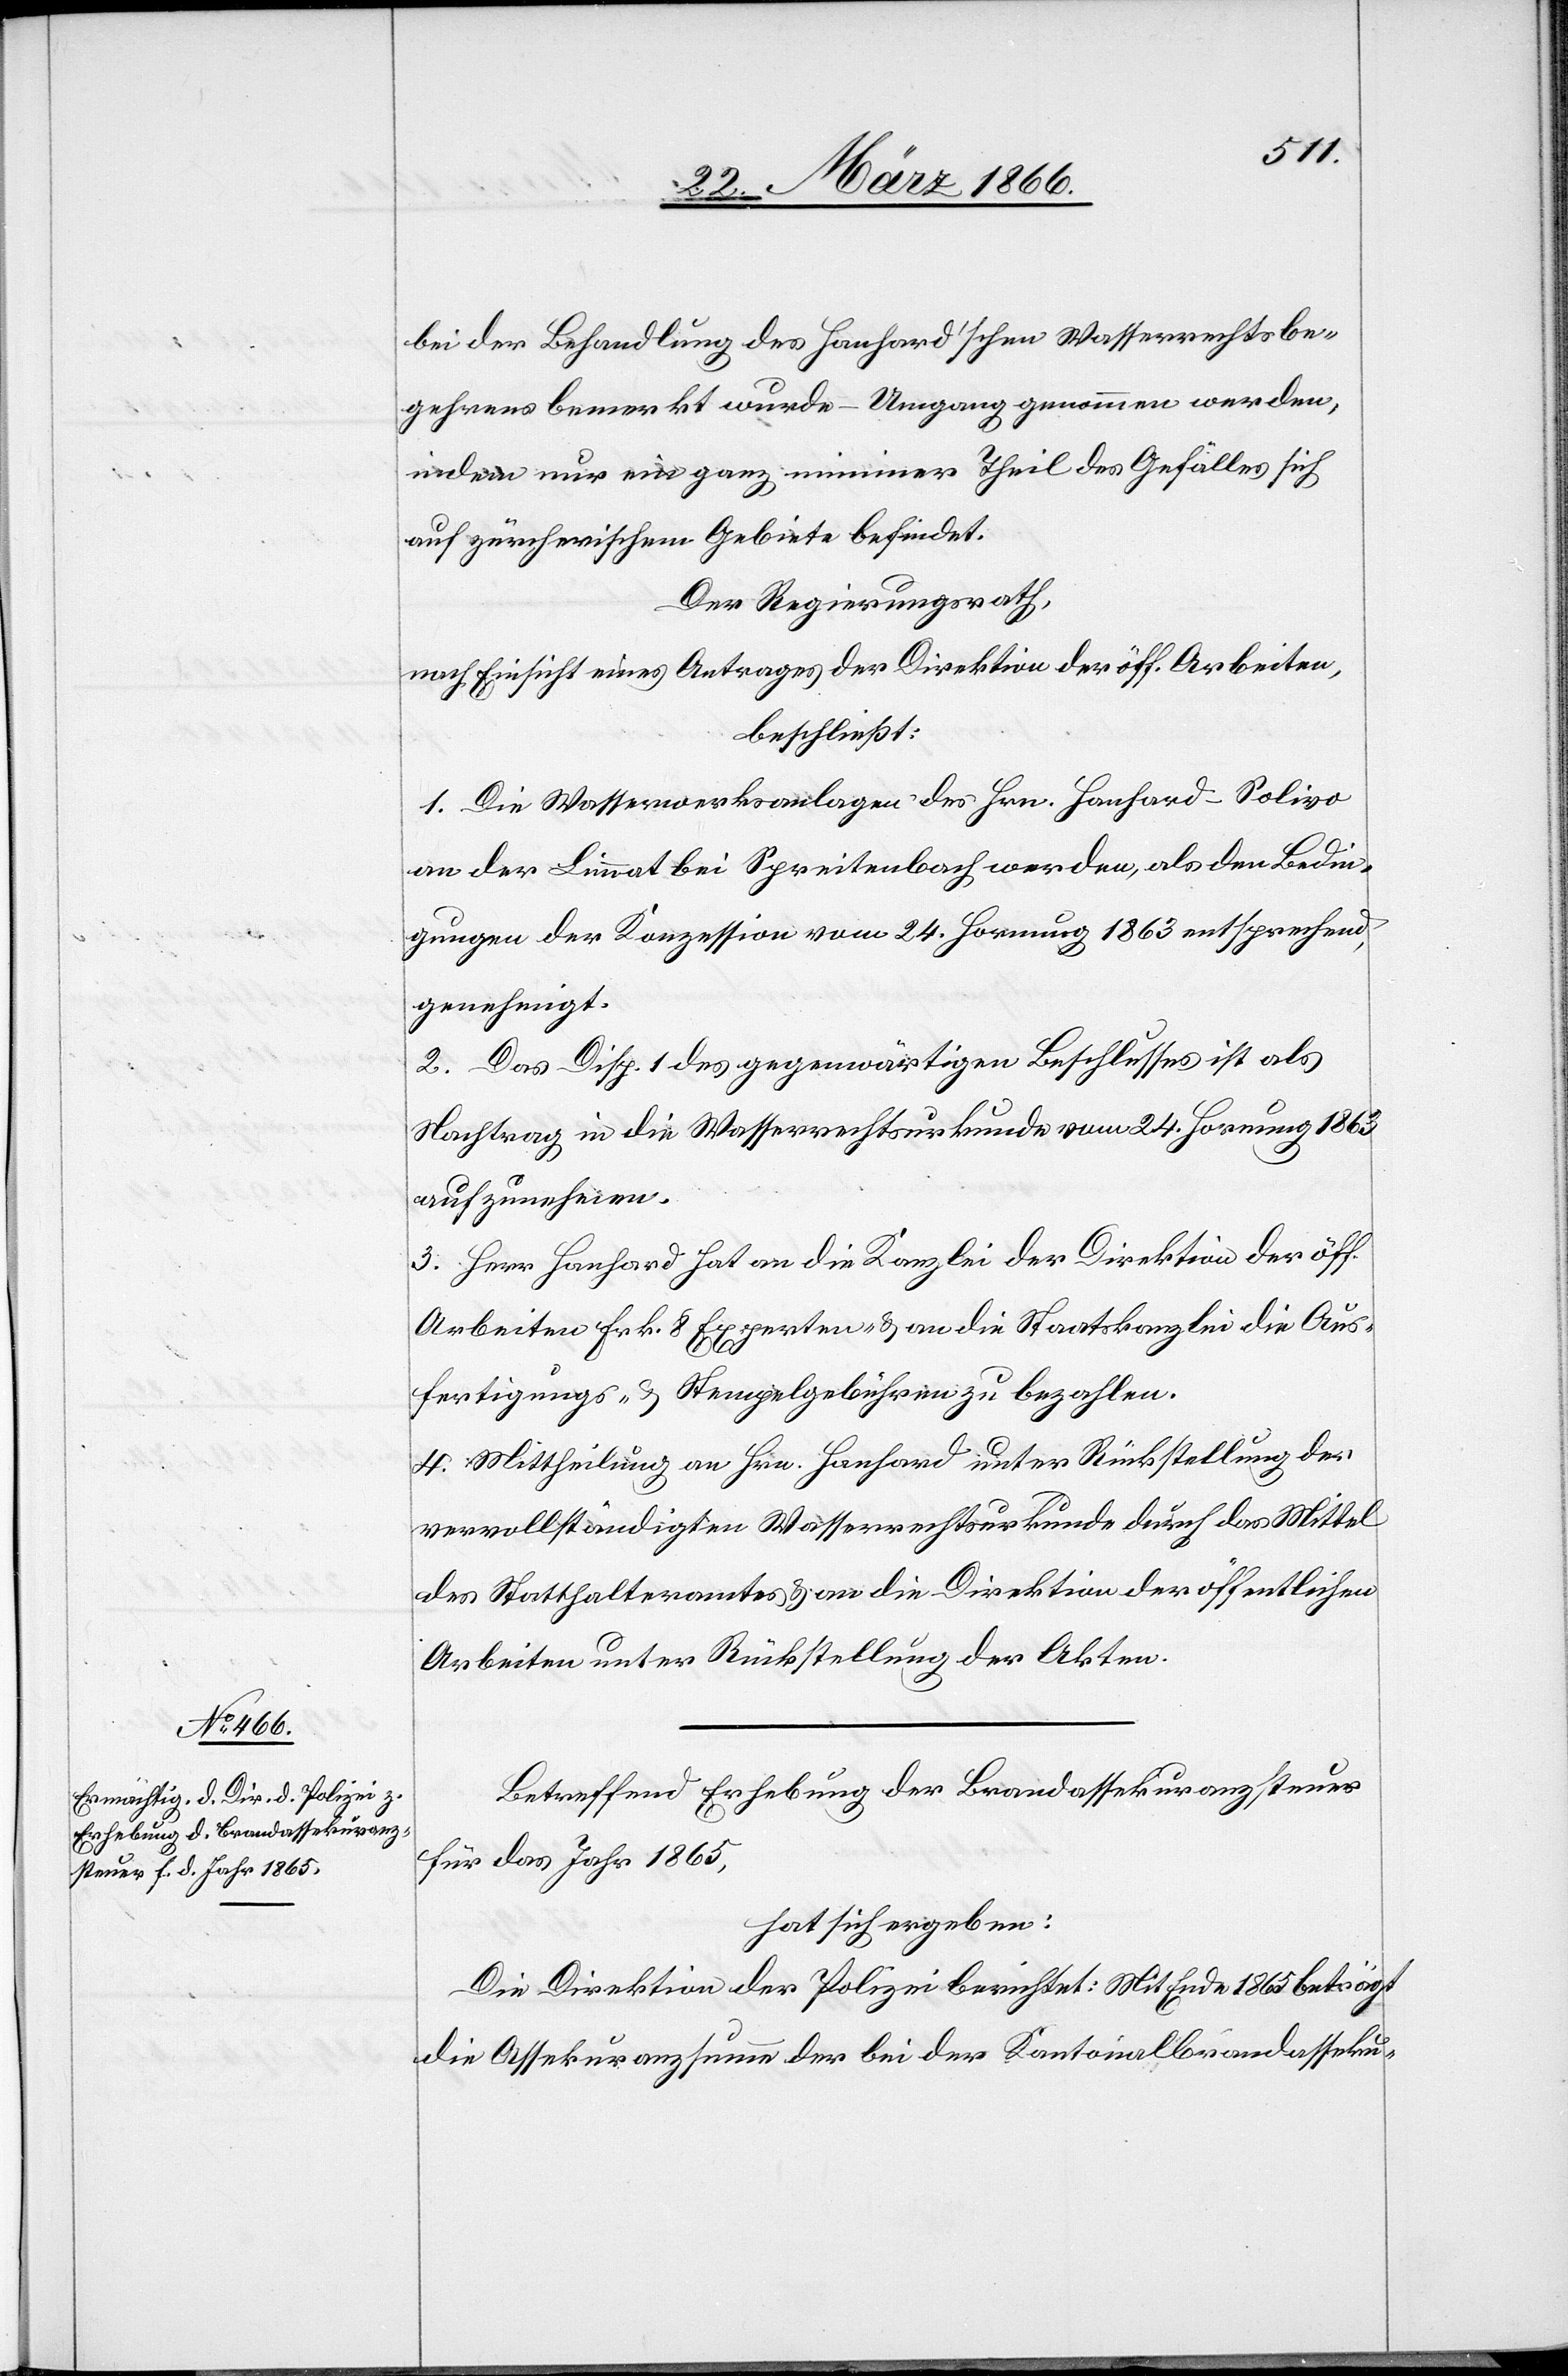
bei der Behandlung des Hanhard’schen Wasserrechtsbe¬
gehrens bemerkt wurde – Umgang genommen werden,
indem nur ein ganz minimer Theil des Gefälles sich
auf zürcherischem Gebiete befindet.
Der Regierungsrath,
nach Einsicht eines Antrages der Direktion der öff. Arbeiten,
beschließt:
1. Die Wasserwerksanlagen des Hrn. Hanhard-Solivo
an der Limmat bei Spreitenbach werden, als den Bedin¬
gungen der Konzession vom 24. Hornung 1863 entsprechend,
genehmigt.
2. Das Disp. 1 des gegenwärtigen Beschlusses ist als
Nachtrag in die Wasserrechtsurkunde vom 24. Hornung 1863
aufzunehmen.
3. Herr Hanhard hat an die Kanzlei der Direktion der öff.
Arbeiten Frk. 8 Experten- u- an die Staatskanzlei die Aus¬
fertigungs- u. Stempelgebühren zu bezahlen.
4. Mittheilung an Hrn. Hanhard unter Rückstellung der
vervollständigten Wasserrechtsurkunde durch das Mittel
des Statthalteramtes u. an die Direktion der öffentlichen
Arbeiten unter Rückstellung der Akten.
Betreffend Erhebung der Brandassekuranzsteuer
für das Jahr 1865,
hat sich ergeben:
Die Direktion der Polizei berichtet: Mit Ende 1865 beträgt
die Assekuranzsteuer der bei der Kantonalbrandasseku-